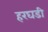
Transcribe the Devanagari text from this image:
हरघडी